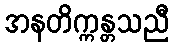
အနတိက္ကန္တသညီ